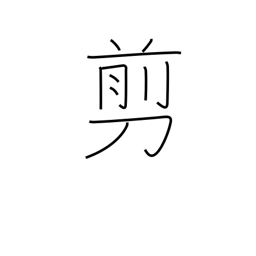
Meaning: snip